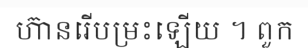
ហ៊ានរើបម្រះឡើយ ។ ពួក